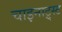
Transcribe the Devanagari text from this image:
चाइनाट्र्स्ट